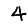
Digit: 4